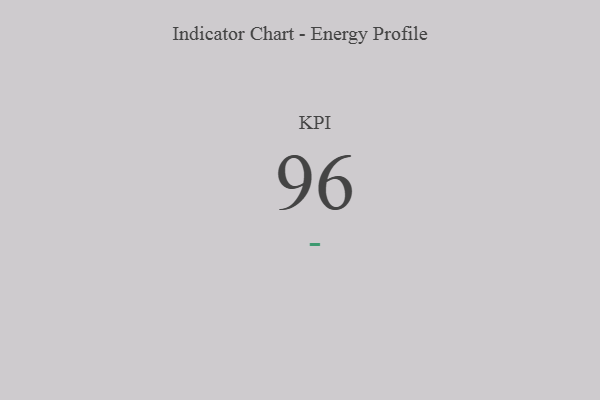
{"axis": {"x": "KPI", "y": "Value"}, "legend": [""], "data": [{"x": "KPI", "y": 96, "type": ""}]}